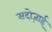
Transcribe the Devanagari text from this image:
सदोज़ाई